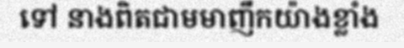
ទៅ នាងពិតជាមមាញឹកយ៉ាងខ្លាំង